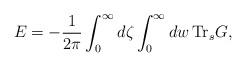
LaTeX: \begin{align*}E=-{1\over2\pi}\int_0^\infty d\zeta\int_0^\infty dw\, \mbox{Tr}_s G,\end{align*}